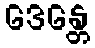
ဒေန္တေ